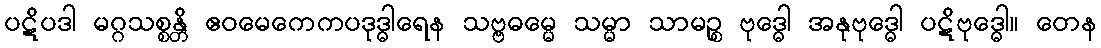
ပဋိပဒါ မဂ္ဂသစ္စန္တိ ဧဝမေကေကပဒုဒ္ဓါရေန သဗ္ဗဓမ္မေ သမ္မာ သာမဉ္စ ဗုဒ္ဓေါ အနုဗုဒ္ဓေါ ပဋိဗုဒ္ဓေါ။ တေန